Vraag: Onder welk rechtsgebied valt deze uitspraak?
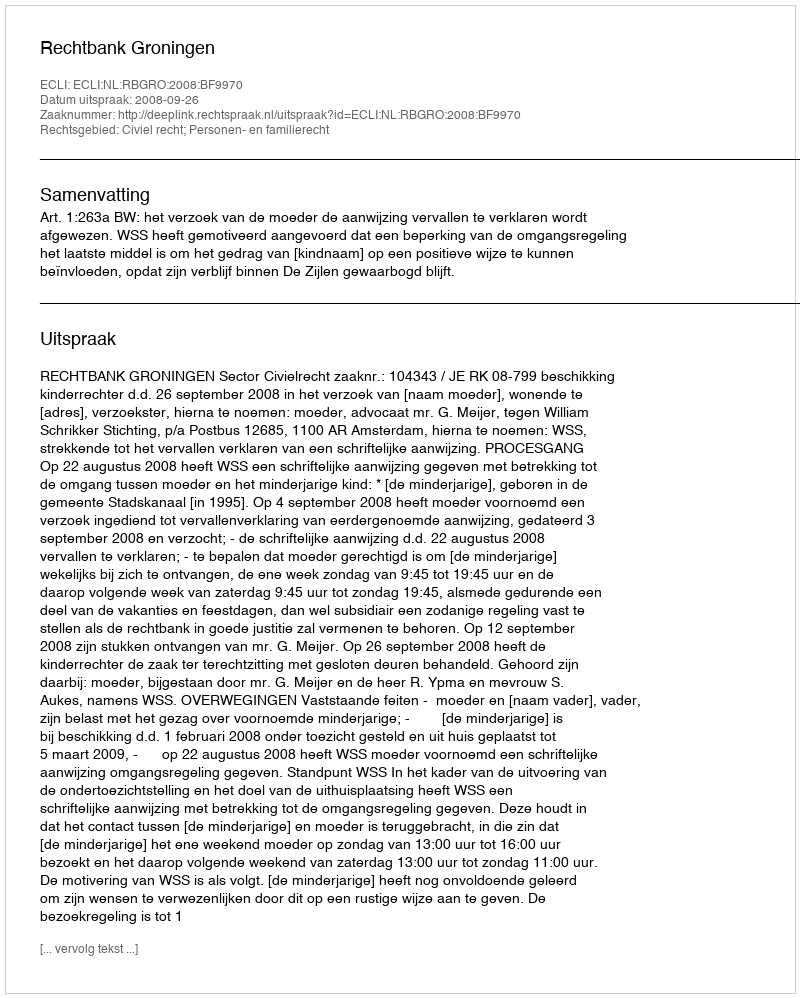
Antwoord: Civiel recht; Personen- en familierecht